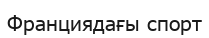
Франциядағы спорт